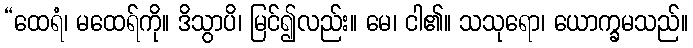
“ထေရံ၊ မထေရ်ကို။ ဒိသွာပိ၊ မြင်၍လည်း။ မေ၊ ငါ၏။ သသုရော၊ ယောက္ခမသည်။